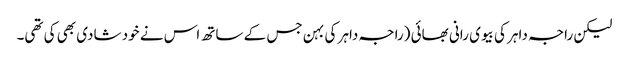
لیکن راجہ داہر کی بیوی رانی بھائی (راجہ داہر کی بہن جس کے ساتھ اس نے خود شادی بھی کی تھی۔